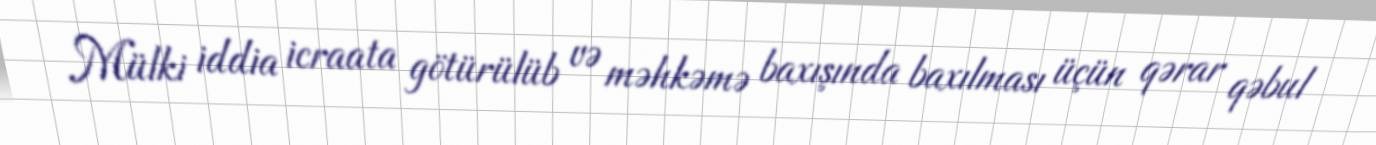
Mülki iddia icraata götürülüb və məhkəmə baxışında baxılması üçün qərar qəbul